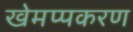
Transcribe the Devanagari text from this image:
खेमप्पकरण